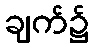
ချက်၌